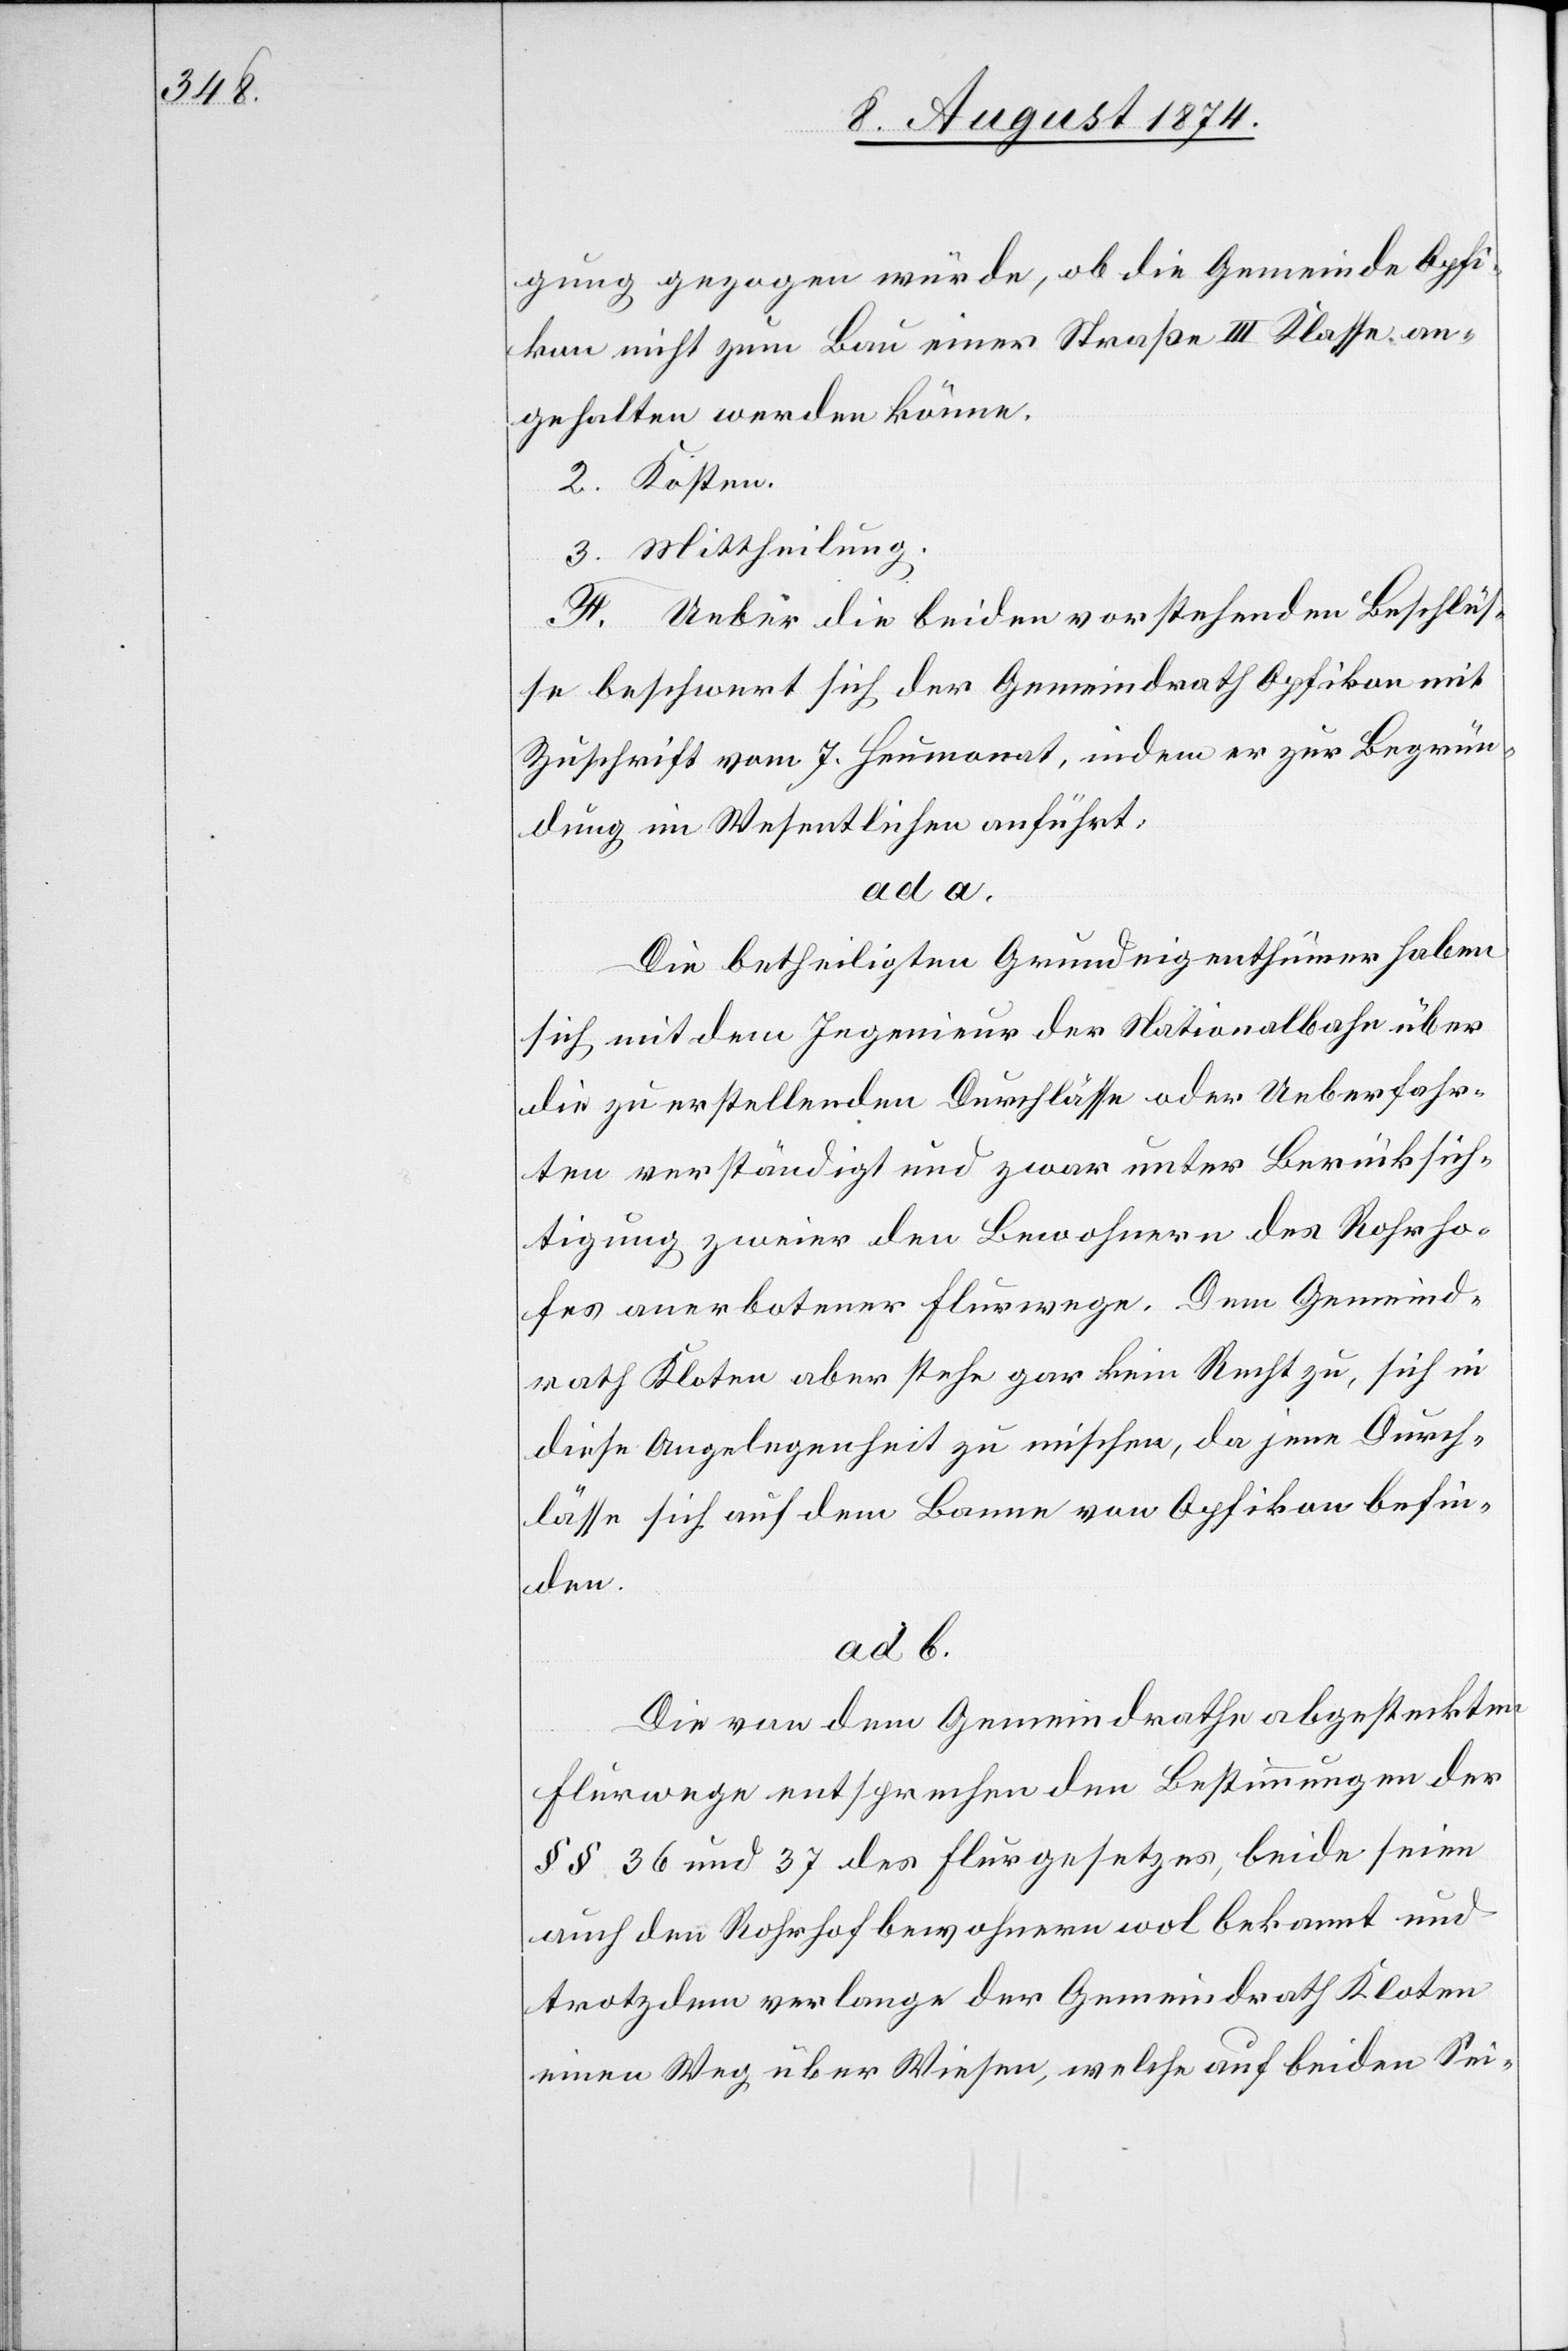
gung gezogen würde, ob die Gemeinde Opfi¬
kon nicht zum Bau einer Straße III. Klasse an¬
gehalten werden könne.
2. Kosten.
3. Mittheilung.
F. Ueber die beiden vorstehenden Beschlüs¬
se beschwert sich der Gemeindrath Opfikon mit
Zuschrift vom 7. Heumonat, indem er zur Begrün¬
dung im Wesentlichen anführt:
ad a.
Die betheiligten Grundeigenthümer haben
sich mit dem Ingenieur der Nationalbahn über
die zu erstellenden Durchlässe oder Ueberfahr¬
ten verständigt und zwar unter Berücksich¬
tigung zweier den Bewohnern des Rohrho¬
fes anerbotener Flurwege. Dem Gemeind¬
rath Kloten aber stehe gar kein Recht zu, sich in
diese Angelegenheit zu mischen, da jene Durch¬
lässe sich auf dem Banne von Opfikon befin¬
den.
ad b.
Die von dem Gemeindrathe abgesteckten
Flurwege entsprechen den Bestimmungen der
§§ 36 und 37 des Flurgesetzes, beide seien
auch den Rohrhofbewohnern wol bekannt und
trotzdem verlange der Gemeindrath Kloten
einen Weg über Wiesen, welche auf beiden Sei-